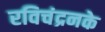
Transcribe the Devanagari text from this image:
रविचंद्रनके